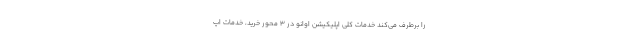
را برطرف می‌کند خدمات کلی اپلیکیشن اوانو در 3 محور خرید، خدمات اپ